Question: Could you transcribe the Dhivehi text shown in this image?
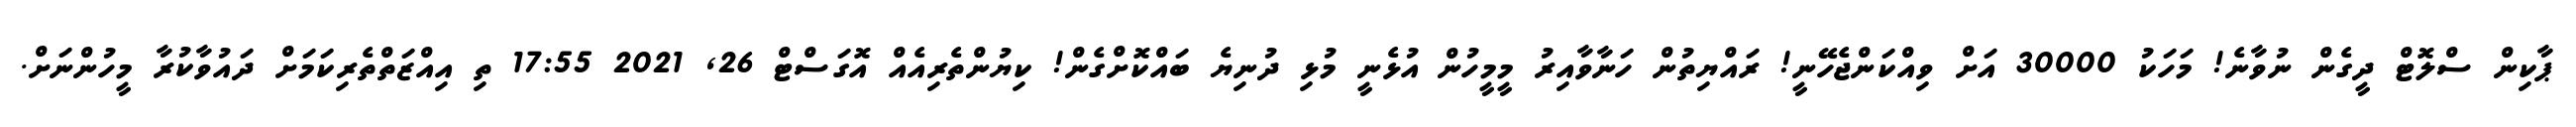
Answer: ޕާކިން ސްލޮޓް ދީގެން ނުވާނެ! މަހަކު 30000 އަށް ވިއްކަންޖެހޭނީ! ރައްޔިތުން ހަނާވާއިރު މީމީހުން އުޅެނީ މުޅި ދުނިޔެ ބައްކޮށްގެން! ކިޔުންތެރިއެއް އޮގަސްޓް 26, 2021 17:55 ތި އިއްޒަތްތެރިކަމަށް ދައުވާކުރާ މީހުންނަށް.